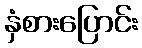
နှံစားပြောင်း